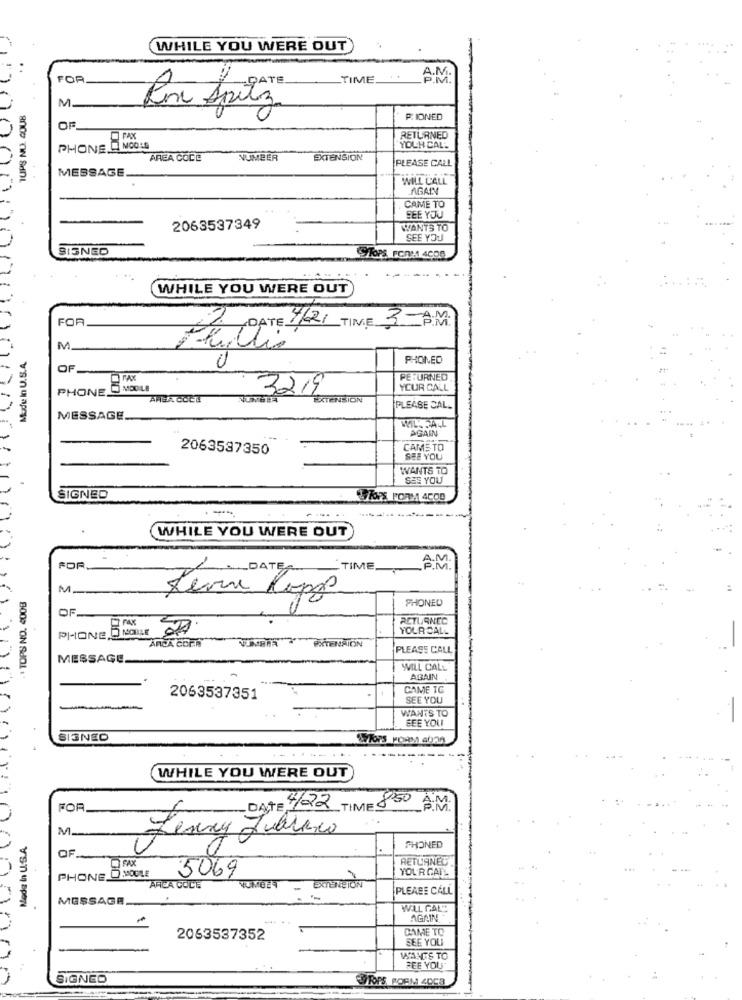
WHILE YOU WERE OUT
A.M.
FOR
TIME
- DATE
M_
Ron Spitze
PIONED
OF
FAX
RETURNED
PHONE MOOIE
YOLH CAL-
AREA CODE
NUMBER
EXTENSION
PLEASE CALL
MESSAGE.
WILL CALL
AGAIN
CAME TO
BEE YOU
2063537349
WANTS TO
SEE YOU
SIGNED
STOPS FORMA 4COB
WHILE YOU WERE OUT
FOR
DATE 1/621 TIME 3A.M.
. B
Mude In U.S.A
0
PHONED
OF_
PETURNED
PHONE D MOOLE
3219
YOUR CALL
EXTENSION
PLEASE CAL_
MESSAGE.
WILL CALL
AGAIN
2063537350
CAMS TO
SEE YOU
WANTS TO
SEE YOU
SIGNED
DROPS FORMA ACOD
-.....
WHILE YOU WERE OUT
FOR
/ DATE
TIME
AM
M
" TOPS NO. 4008
Lerine Ropas
PHONED
OF-
RETURNED
PHONE 5 MOODLE 27
YOUR CALL
ARCA COCA
PLEASE CALL
MESSAGE.
WILL CALL
AGAIN
CAME TC
2063537351
SEE YOU
WANTS TO
SEE YOU
SIGNED
STOPS FORM aDRA
WHILE YOU WERE OUT
FOR
DATE 4/22 TIME 850 A.M.
M.
Made In U.S.A.
Lenny Jaren
PHONED
OF.
RETURNEG
PHONE_ MOOLE
5069
YOURGAT
ARCA COCE
EXTENCIÓN
PLEASE CALL
MESSAGE.
WLL GAL"
AGAIN
CAME TO
2063537352
SEE YOU
WANTS TO
BEE YOU
SIGNED
COTOPS, ROEM 40C8